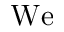
\mathrm { W e }